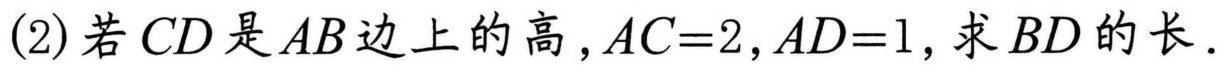
(2)若\(CD\)是\(AB\)边上的高，\(AC = 2\)，\(AD = 1\)，求\(BD\)的长.